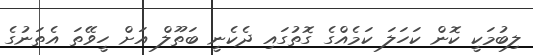
ލިބުމަކީ ކޮން ކަހަލަ ކަމެއްގެ ގޮތުގައި ދެކެނީ ބަތޫލް އަށް ހީވޭތަ އެތަނުގެ